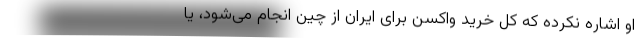
او اشاره نکرده که کل خرید واکسن برای ایران از چین انجام می‌شود، یا